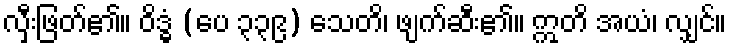
လှီးဖြတ်၏။ ဝိဒ္ဓံ (ပေ ၃၃၉) သေတိ၊ ဖျက်ဆီး၏။ ဣတိ အယံ၊ လျှင်။